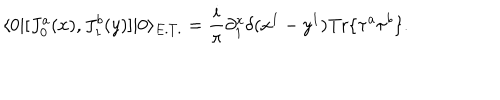
\langle 0 | [ J _ { 0 } ^ { a } ( x ) , J _ { 1 } ^ { b } ( y ) ] | 0 \rangle _ { E . T . } = \frac { i } { \pi } \partial _ { 1 } ^ { x } \delta ( x ^ { 1 } - y ^ { 1 } ) \mathrm { T r } \{ \tau ^ { a } \tau ^ { b } \} .